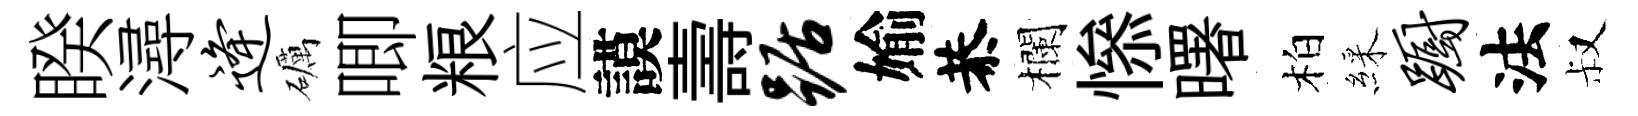
睽潯逄礪唧粮应謨壽踞媮恭欄𢡖曙柏綵蹰法叔